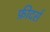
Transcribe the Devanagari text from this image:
फ़ीदर्स